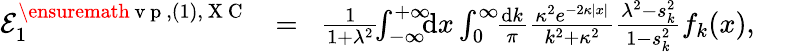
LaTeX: \begin{array}{rlr}{{\cal E}_{1}^{\ensuremath{\mathrm{~v~p~}},(1),\mathrm{~X~C~}}\! \! }&{{}=}&{\! \frac{1}{1+\lambda^{2}}\! \! \int_{-\infty}^{+\infty}\! \! \! \mathrm{d}x\int_{0}^{\infty}\! \! \frac{\mathrm dk}{\pi}\frac{\kappa^{2}e^{-2\kappa|x|}}{k^{2}+\kappa^{2}}\frac{\lambda^{2}-s_{k}^{2}}{1-s_{k}^{2}}f_{k}(x),\; \; \; \; }\end{array}